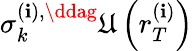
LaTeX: \sigma_{k}^{\left(\mathbf{i}\right),\ddag}\mathfrak{{U}}\left(r_{T}^{\left(\mathbf{i}\right)}\right)